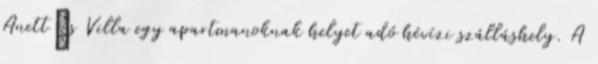
Anett’s Villa egy apartmanoknak helyet adó hévízi szálláshely. A